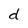
Character: d